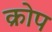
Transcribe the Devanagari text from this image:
क्रोप